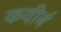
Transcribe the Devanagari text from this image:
कवीनं